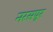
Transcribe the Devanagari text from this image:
नरसपूर